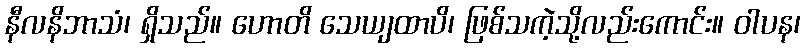
နီလနိဘာသံ၊ ရှိသည်။ ဟောတိ သေယျထာပိ၊ ဖြစ်သကဲ့သို့လည်းကောင်း။ ဝါပန၊